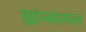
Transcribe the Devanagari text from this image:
ह्यांच्यानंतर